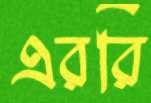
এররি